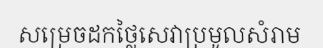
សម្រេចដកថ្លៃសេវាប្រមូលសំរាម